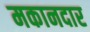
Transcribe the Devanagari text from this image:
मकानदार